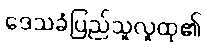
ဒေသခံပြည်သူလူထု၏